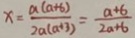
x = \frac { a ( a + b ) } { 2 a ( a + 3 ) } = \frac { a + 6 } { 2 a + 6 }